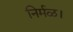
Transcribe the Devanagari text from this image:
निर्मळ।